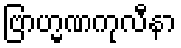
ဗြာဟ္မဏကုလီနာ